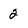
Character: 2